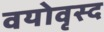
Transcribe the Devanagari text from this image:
वयोवृस्द